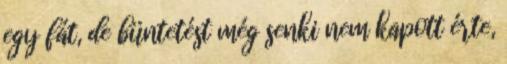
egy fát, de büntetést még senki nem kapott érte,